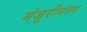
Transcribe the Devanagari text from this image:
मंजूरीनंतर